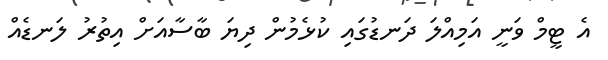
އެ ޓީމް ވަނީ އަމިއްލަ ދަނޑުގައި ކުޅެމުން ދިޔަ ބާސާއަށް އިތުރު ލަނޑެއް